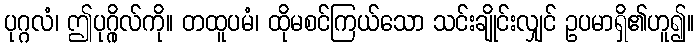
ပုဂ္ဂလံ၊ ဤပုဂ္ဂိုလ်ကို။ တထူပမံ၊ ထိုမစင်ကြယ်သော သင်းချိုင်းလျှင် ဥပမာရှိ၏ဟူ၍။